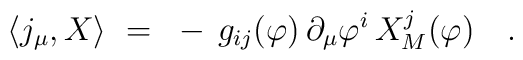
\langle j_\mu , X \rangle~=~- \, g_{ij}(\varphi) \, \partial_\mu \varphi^i \,                                  X_M^j(\varphi)~~~.